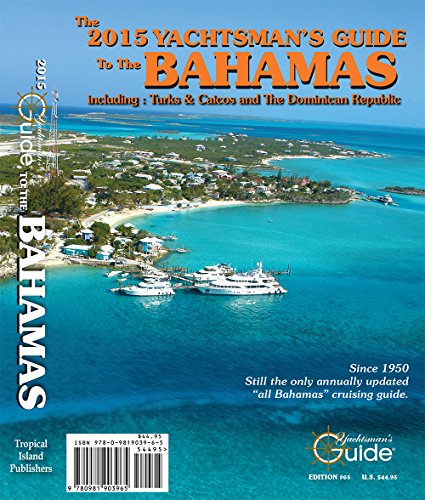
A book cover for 2015 Yachtsman's Guide to the Bahamas; Thomas Daly; Travel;